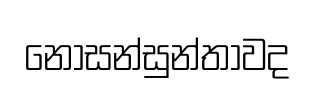
නොසන්සුන්තාවද